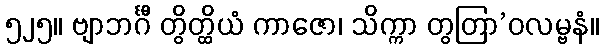
၅၂၅။ ဗျာဘင်္ဂီ တွိတ္ထိယံ ကာဇော၊ သိက္ကာ တွတြာ’ဝလမ္ဗနံ။